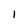
Character: 1